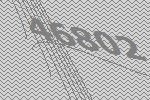
46802